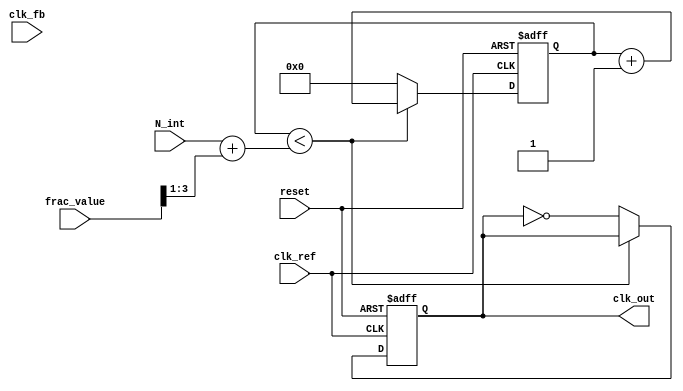
module frac_n_pll (
    input wire clk_ref,           // Reference clock input
    input wire clk_fb,            // Feedback clock input from VCO
    input wire reset,             // Asynchronous reset
    input wire [N-1:0] N_int,     // Integer division value
    input wire [M-1:0] frac_value, // Fractional value for division
    output reg clk_out            // Output clock
);
    parameter N = 8;              // Width of integer division value
    parameter M = 4;              // Width of fractional value
    parameter VCO_MAX_FREQ = 100; // Maximum frequency for VCO (arbitrary units)

    // PFD signals
    reg pfd_up, pfd_down;
    
    // Charge Pump signals
    reg [7:0] cp_output;          // Charge pump output voltage (simplified)
    
    // Loop Filter (1st order)
    reg [7:0] loop_filter;        // Loop filter output voltage
    
    // VCO output
    reg [7:0] vco_freq;           // VCO frequency (simplified)
    
    // Frequency Divider
    reg [N-1:0] divider_count;    // Divider counter
    reg [N-1:0] divider_value;     // Current divider value

    // State for the output clock
    reg clk_out_reg;

    // PFD Logic
    always @(posedge clk_ref or posedge reset) begin
        if (reset) begin
            pfd_up <= 0;
            pfd_down <= 0;
        end else begin
            // PFD logic to generate UP and DOWN signals
            if (clk_ref && !clk_fb) begin
                pfd_up <= 1;
                pfd_down <= 0;
            end else if (!clk_ref && clk_fb) begin
                pfd_up <= 0;
                pfd_down <= 1;
            end else begin
                pfd_up <= 0;
                pfd_down <= 0;
            end
        end
    end

    // Charge Pump Logic
    always @(posedge clk_ref or posedge reset) begin
        if (reset) begin
            cp_output <= 0;
        end else begin
            if (pfd_up) begin
                cp_output <= cp_output + 1; // Charge
            end else if (pfd_down) begin
                cp_output <= cp_output - 1; // Discharge
            end
        end
    end

    // Loop Filter Logic
    always @(posedge clk_ref or posedge reset) begin
        if (reset) begin
            loop_filter <= 0;
        end else begin
            loop_filter <= cp_output; // Simple 1st order filter
        end
    end

    // VCO Logic
    always @(posedge clk_ref or posedge reset) begin
        if (reset) begin
            vco_freq <= 0;
        end else begin
            vco_freq <= loop_filter; // VCO frequency controlled by loop filter
        end
    end

    // Frequency Divider Logic
    always @(posedge clk_ref or posedge reset) begin
        if (reset) begin
            divider_count <= 0;
            clk_out_reg <= 0;
        end else begin
            if (divider_count < divider_value) begin
                divider_count <= divider_count + 1;
            end else begin
                divider_count <= 0;
                clk_out_reg <= ~clk_out_reg; // Toggle output clock
            end
        end
    end

    // Set divider value based on N_int and frac_value
    always @(N_int or frac_value) begin
        divider_value = N_int + (frac_value >> 1); // Example of simple fractional adjustment
    end

    // Output clock assignment
    assign clk_out = clk_out_reg;

endmodule